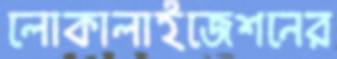
লোকালাইজেশনের